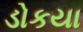
ડોકયા